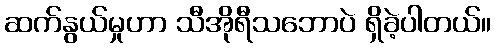
ဆက်နွယ်မှုဟာ သီအိုရီသဘောပဲ ရှိခဲ့ပါတယ်။